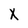
Character: X